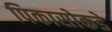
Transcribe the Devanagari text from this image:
पिकासोकडे